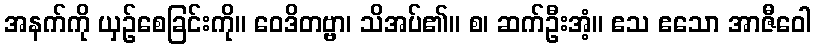
အနက်ကို ယှဉ်စေခြင်းကို။ ဝေဒိတဗ္ဗာ၊ သိအပ်၏။ စ၊ ဆက်ဦးအံ့။ ဧသ ဧသော အာဇီဝေါ